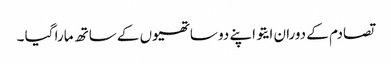
تصادم کے دوران ایتو اپنے دو ساتھیوں کے ساتھ مارا گیا ۔